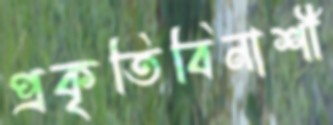
প্রকৃতিবিনাশী